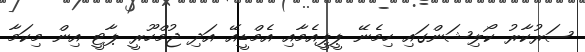
ސަރުކާރު ކޯލިޝަންގައި ހިމެނޭ ޕީޕީއެމާއި އެމްޑީއޭ އަދި ޖުމްހޫރީ ޕާޓީ އިން މިކަމާ